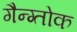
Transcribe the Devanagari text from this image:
गैन्ग्तोक